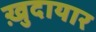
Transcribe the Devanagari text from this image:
ख़ुदायार